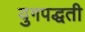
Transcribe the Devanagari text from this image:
युगपद्धती